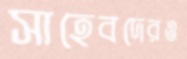
সাহেবদেরও